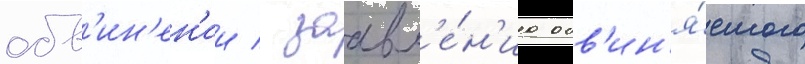
обв'ин'ен'ии / заавл'е́н'иа обв'ин'я́емого